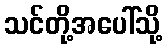
သင်တို့အပေါ်သို့